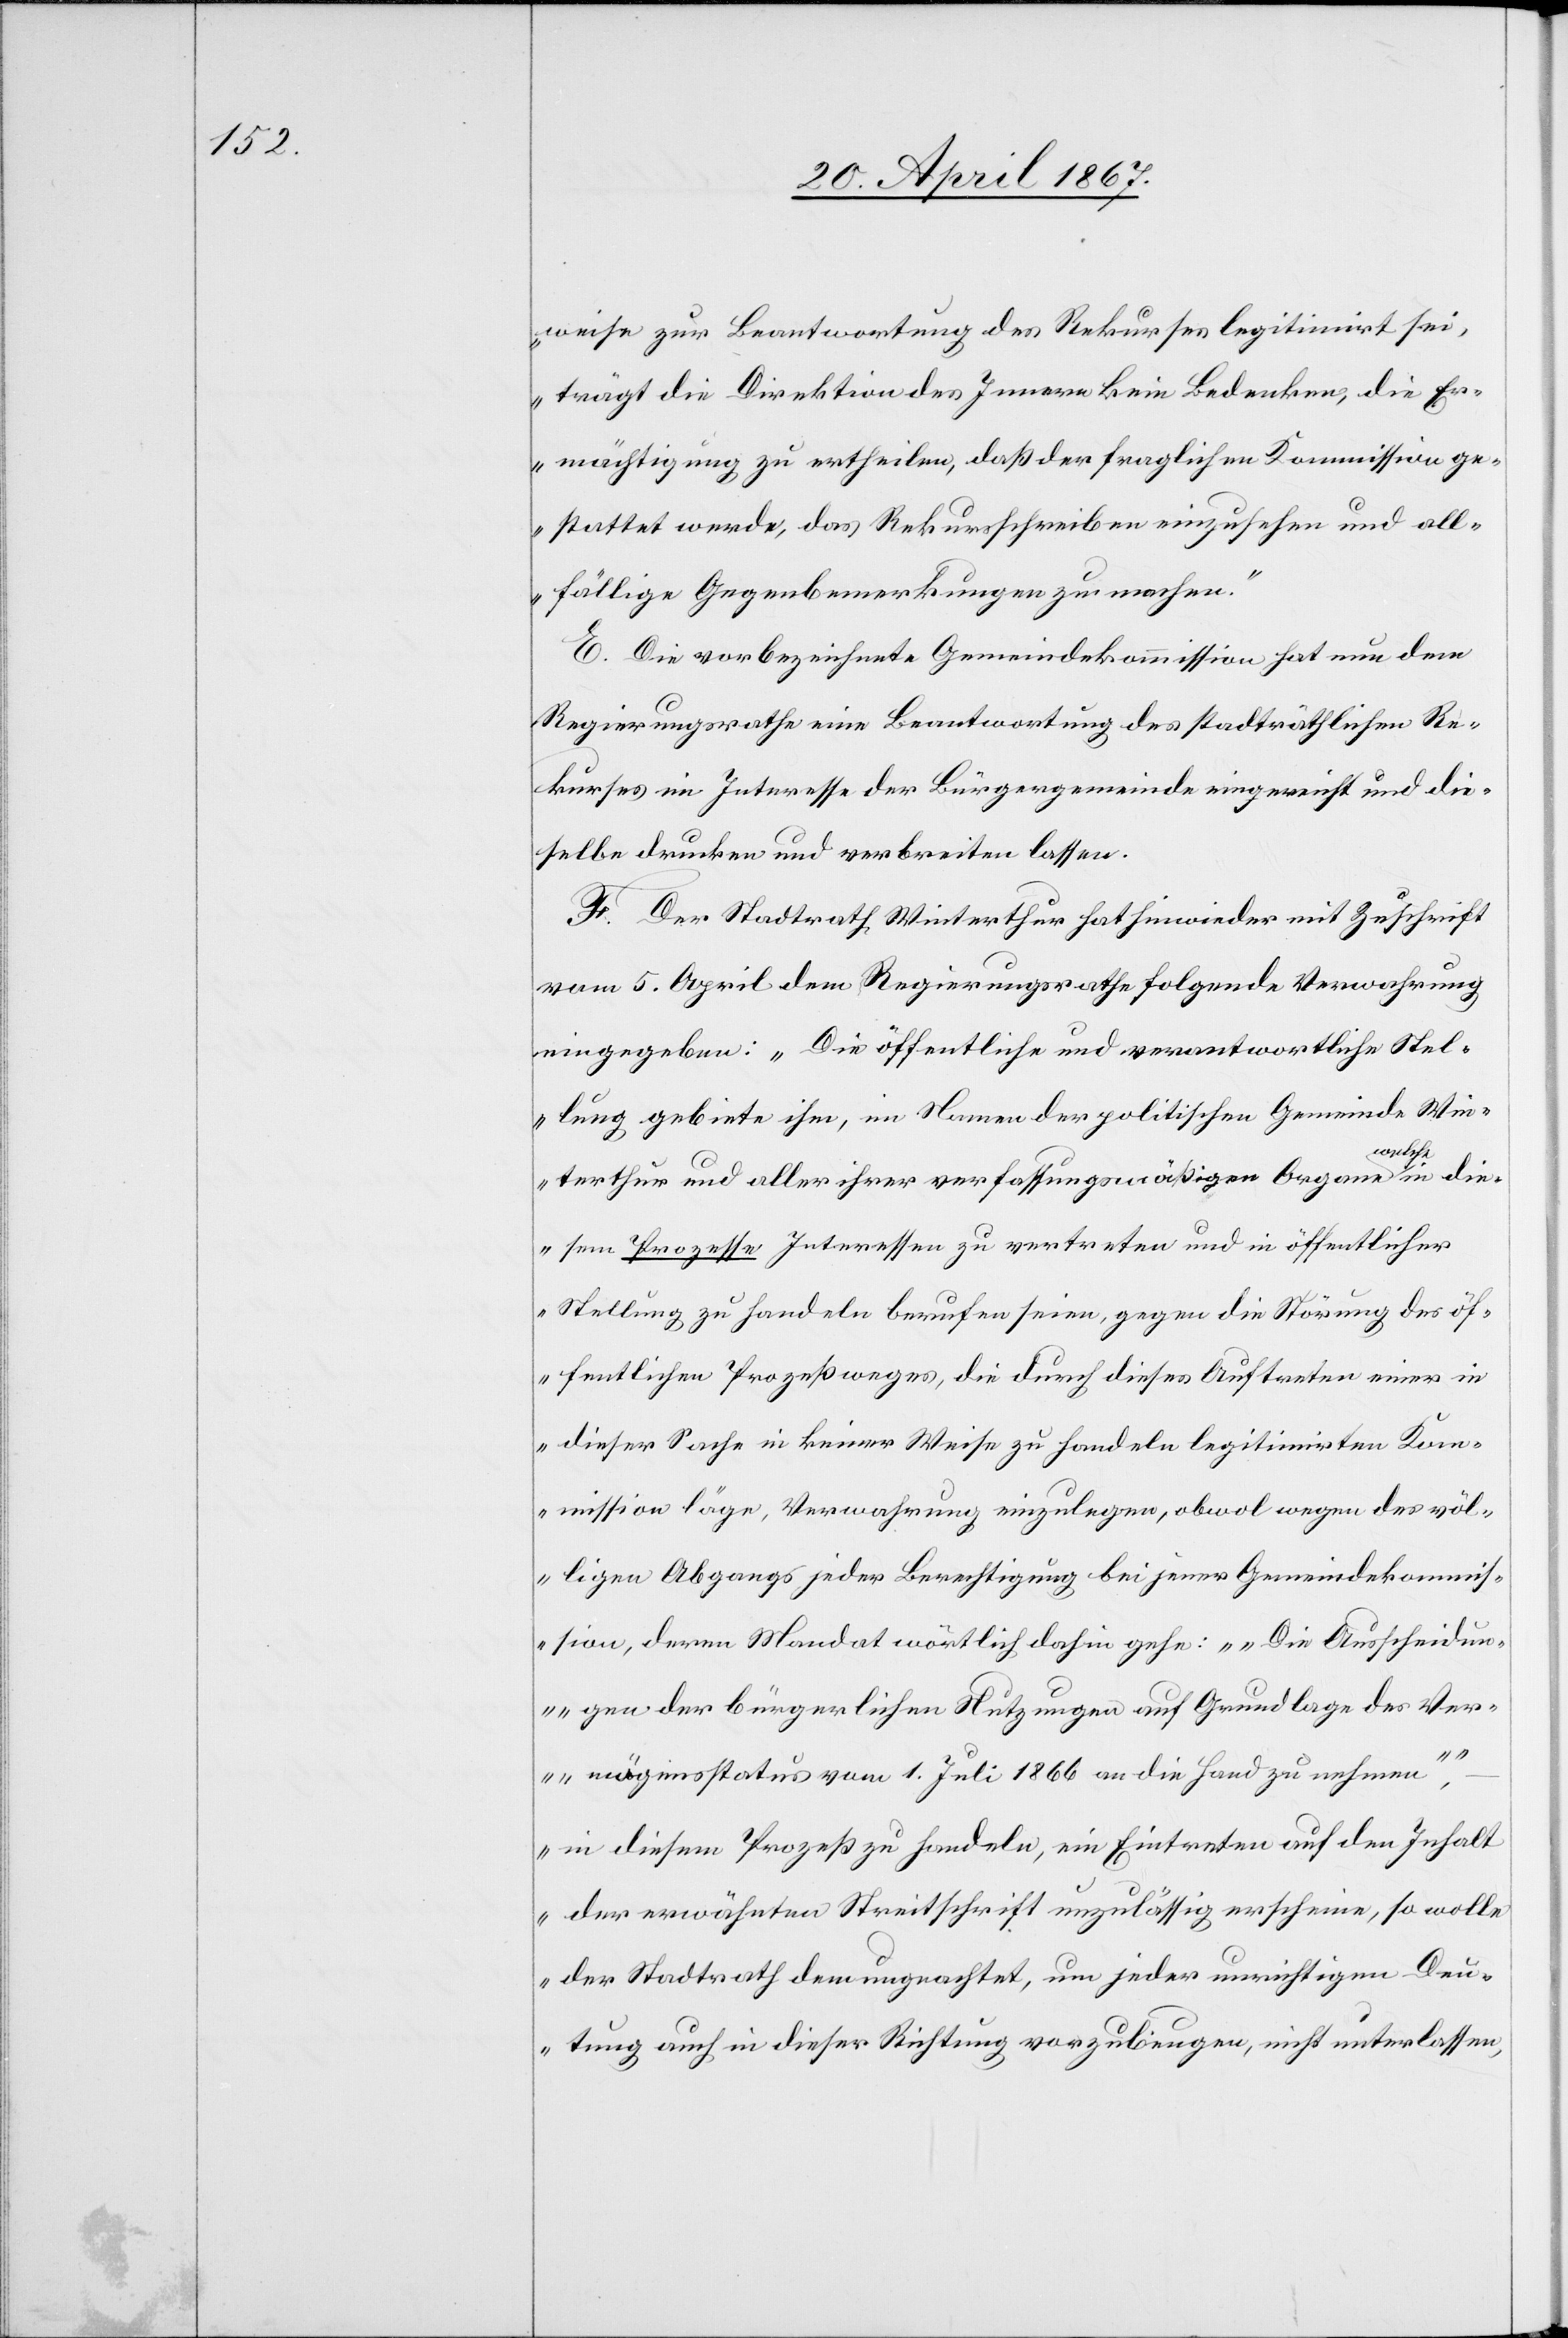
weise zur Beantwortung des Rekurses legitimirt sei,
trägt die Direktion des Innern kein Bedenken, die Er¬
mächtigung zu ertheilen, daß der fraglichen Kommission ge¬
stattet werde, das Rekursschreiben einzusehen und all¬
fällige Gegenbemerkungen zu machen.“
E. Die vorbezeichnete Gemeindekommission hat nun dem
Regierungsrathe eine Beantwortung des stadträthlichen Re¬
kurses im Interesse der Bürgergemeinde eingereicht und die¬
selbe drucken und verbreiten lassen.
F. Der Stadtrath Winterthur hat hinwieder mit Zuschrift
vom 5. April dem Regierungsrathe folgende Verwahrung
eingegeben: „Die öffentliche und verantwortliche Stel¬
lung gebiete ihm, im Namen der politischen Gemeinde Win¬
terthur und aller ihrer verfassungsmäßigen Organe, welche in die¬
sem Prozesse Interessen zu vertreten und in öffentlicher
Stellung zu handeln berufen seien, gegen die Störung des öf¬
fentlichen Prozeßweges, die durch dieses Auftreten einer in
dieser Sache in keiner Weise zu handeln legitimirten Kom¬
mission läge, Verwahrung einzulegen, obwol wegen des völ¬
ligen Abgangs jeder Berechtigung bei jener Gemeindekommis¬
sion, deren Mandat wörtlich dahin gehe: ,Die Ausscheidun¬
gen der bürgerlichen Nutzungen auf Grundlage der Ver¬
mögenssteuer vom 1. Juli 1866 an die Hand zu nehmen’,
in diesem Prozeß zu handeln, ein Eintreten auf den Inhalt
der erwähnten Streitschrift unzulässig erscheine, so wolle
der Stadtrath dem ungeachtet, um jeder unrichtigen Deu¬
tung auch in dieser Richtung vorzubeugen, nicht unterlassen,